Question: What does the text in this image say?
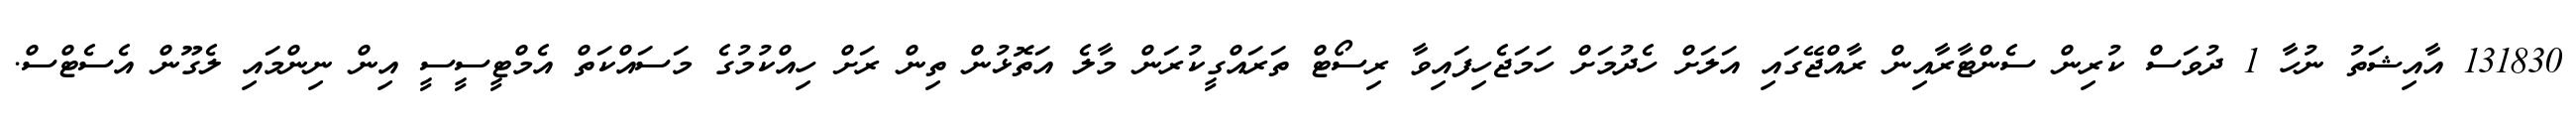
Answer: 131830 އާއިޝަތު ނުހާ 1 ދުވަސް ކުރިން ސެންޓާރާއިން ރާއްޖޭގައި އަލަށް ހެދުމަށް ހަމަޖެހިފައިވާ ރިސޯޓް ތަރައްގީކުރަން މާލެ އަތޮޅުން ތިން ރަށް ހިއްކުމުގެ މަސައްކަތް އެމްޓީސީސީ އިން ނިންމައި ލެގޫން އެސެޓްސް.